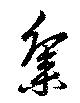
集